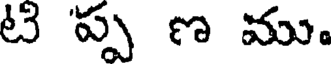
టి 'ప్ప ణ ము.